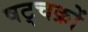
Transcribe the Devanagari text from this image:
षट्चक्रों